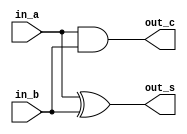
/* CSED273 lab4 experiment 1 */
/* lab4_1.v */


/* Implement Half Adder
 * You may use keword "assign" and bitwise opeartor
 * or just implement with gate-level modeling*/
module halfAdder(
    input in_a,
    input in_b,
    output out_s,
    output out_c
    );

    ////////////////////////
    xor(out_s, in_a, in_b);
    and(out_c, in_a, in_b);
    ////////////////////////

endmodule

/* Implement Full Adder
 * You must use halfAdder module
 * You may use keword "assign" and bitwise opeartor
 * or just implement with gate-level modeling*/
module fullAdder(
    input in_a,
    input in_b,
    input in_c,
    output out_s,
    output out_c
    );

    ////////////////////////
    wire tmp_s, tmp_c, tmp;
    halfAdder hA1(in_a, in_b, tmp_s, tmp_c);
    halfAdder hA2(tmp_s, in_c, out_s, tmp);
    or(out_c, tmp, tmp_c);
    ////////////////////////

endmodule